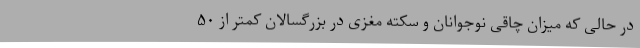
در حالی که میزان چاقی نوجوانان و سکته مغزی در بزرگسالان کمتر از ۵۰